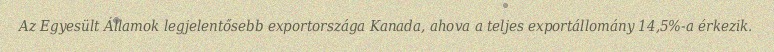
Az Egyesült Államok legjelentősebb exportországa Kanada, ahova a teljes exportállomány 14,5%-a érkezik.